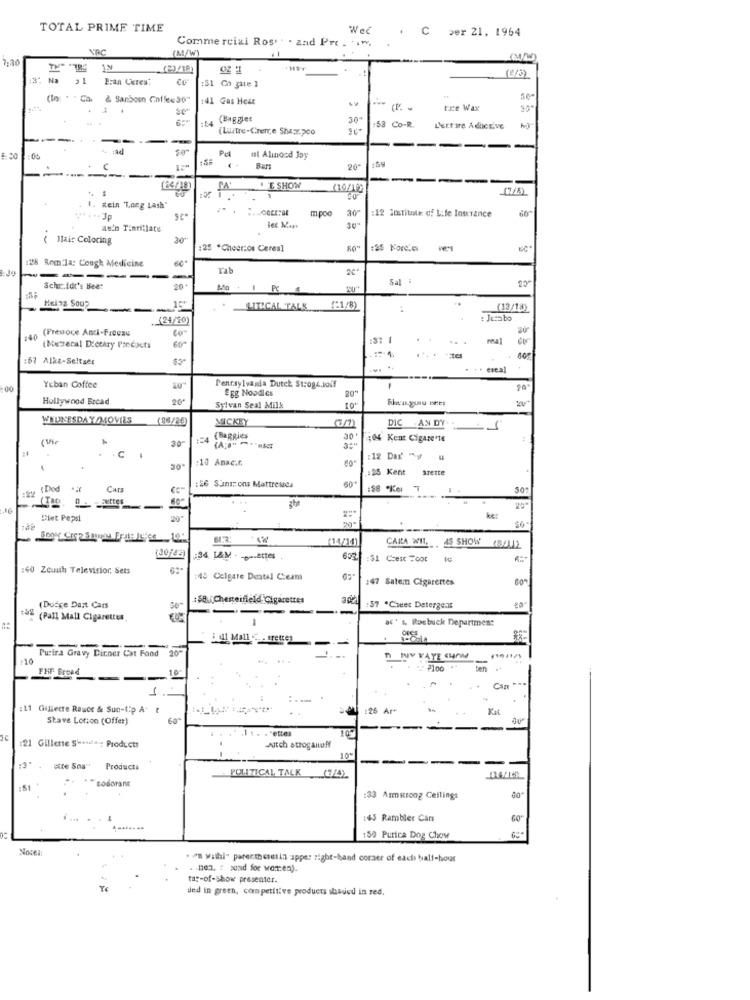
TOTAL PRIME TIME
Wec
C per 21, 1964
YAC
(M/W)
Commercial Ros .. . and Pre . . ...
7:30
Na
Ecan Ceres:
:51 Co gate 1
(In: " "Ca. & Sanbom Coffee30"
41 Gas Heat
trze Wax
:54 (Buggles
30"
(Lustre-Crente Sh4.200
:58 Co-R.
L'entire A ductive
--
--
-
Pa
-
ul Alunoad Joy
C
Bars
20
-----
-
----
(85/18)
PA E SHOW
1
1. Rein Long Lash"
m.poo
30"
:12 Sostituti of Life Insurance
de'n Tinnitlate
( Hair Coloring
30"
: 25 *Cheerzos Cereal
:25 NoreLev
:26 Rom.la: Cough Medicine
60*
Tab
20
------
Sal
Schr.idt's Beet
20
Helaz Soup
LITICAL TALK (21/8)
(13/18)
(24/20)
: Jezabo
140 (Presoce Anti-Freeze
-
.
(Mutteral Dietary Predicts
:67 Alka-Seltser
$5ª
Yeban Coffee
Pennsylvania Dutch St:og4.1off
Egg Noodles
20"
=
Hollywood Bread
20
Sylvan Seal Milk
WEDNESDAY /MOVIES
25/20)
MICKEY
DIC AN DY
( MM)
30
:= 4
(Baggies
30+
404 Kent Cigarette
C .
10 Anac.f.
:12 Dar -g #
:25 Kent
sreste
60
:22
:Dod ..
CHES
:26 Sunsons Mattresses
16
Diet Pepsi
ker
(14/10)
CARA WIL, 4S SHOW
(30/43)
652 :31 Crest Foot
:40 Zcuith Televisior. Sets
45 Clgare Deatal Ceam
:47 Salem Cigarettes
:58. Chesterfieldicigarettes
Duege Dait Cars
---
-
:57 *Cheer Detergent
(Pall Mall Cigarettes,
1
a* *, Roebuck Department
OFES
: 11 Mall - - tretter
Purina Gravy Ditner Cat Food 20"
-10
FHF Bread
10
Sen
:11 Gillette Rawce & Sun-tip A f
:25 Ar+
Shave Lotion (Offer)
60"
-----
-
105
:21 Gillene S. Products
-Auitch stroganoff
-3.
19"
---
--
"ite Sos" Products
sodorane
POLITICAL TALK (7/4)
:33 Armstoog Ceilings
:45 Rambler Cars
:50 Purica Dog Chow
NoDel
. ra wathi- parenthesesin upper right-hand corner of each half-hour
non. f send for women).
tag-of-Show presenter.
und in green, competitive products shaded in red,